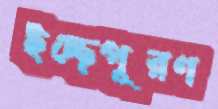
ইচ্ছেপূরণ